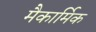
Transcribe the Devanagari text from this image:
मैकार्मिक